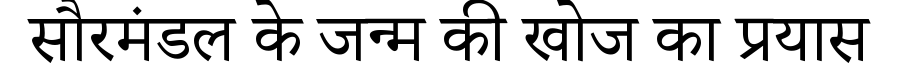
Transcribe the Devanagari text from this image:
सौरमंडल के जन्म की खोज का प्रयास